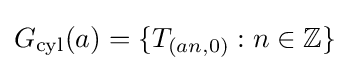
G_{\text{cyl}}(a)=\{T_{(an,0)}:n\in \mathbb {Z} \}